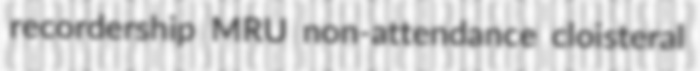
recordership MRU non-attendance cloisteral